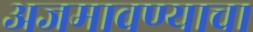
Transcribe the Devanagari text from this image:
अजमावण्याचा